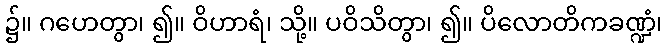
၌။ ဂဟေတွာ၊ ၍။ ဝိဟာရံ၊ သို့။ ပဝိသိတွာ၊ ၍။ ပိလောတိကခဏ္ဍံ၊